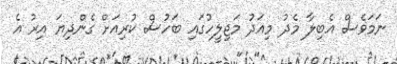
ނަމަވެސް އެބިލާ މެދު މިއަދު މަޖިލީހުގައި ބަހުސް ކުރިއަށް ގެންދިޔަ އިރު އެ